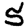
Digit: 5